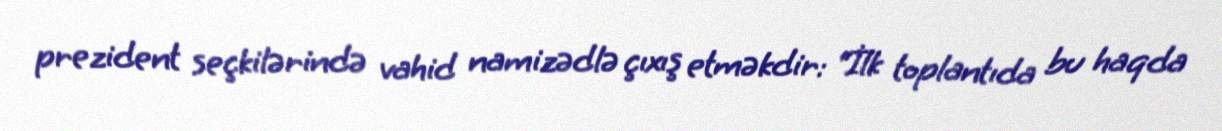
prezident seçkilərində vahid namizədlə çıxış etməkdir: “İlk toplantıda bu haqda